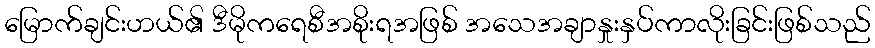
မြောက်ချင်းဟယ်၏ ဒီမိုကရေစီအစိုးရအဖြစ် အသေအချာနှုးနှပ်ကာလိုးခြင်းဖြစ်သည်